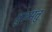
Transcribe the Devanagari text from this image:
तुरुमतु